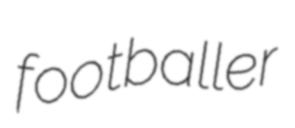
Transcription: footballer